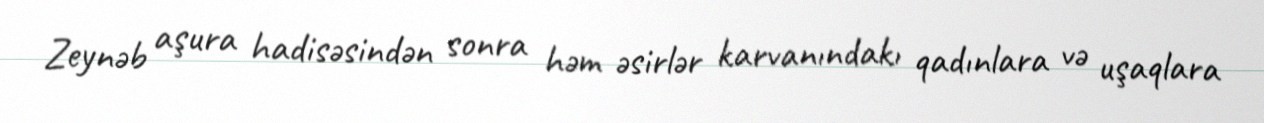
Zeynəb aşura hadisəsindən sonra həm əsirlər karvanındakı qadınlara və uşaqlara